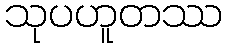
သုပဟူတဿ